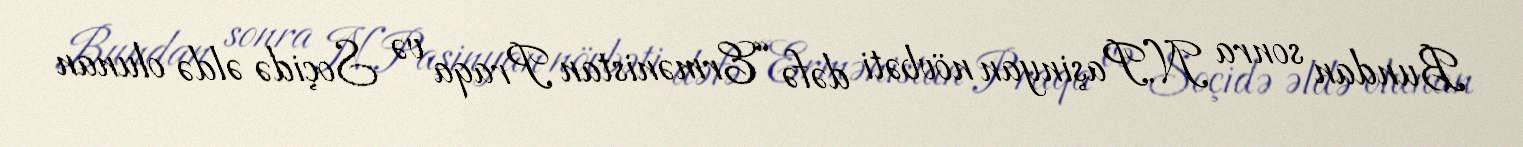
Bundan sonra N.Paşinyan növbəti dəfə “Ermənistan Praqa və Soçidə əldə olunan